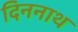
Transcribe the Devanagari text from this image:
दिननाथ